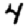
Digit: 4